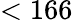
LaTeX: <166